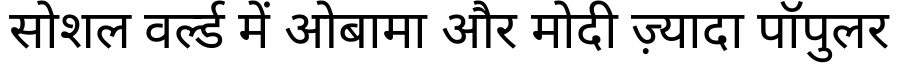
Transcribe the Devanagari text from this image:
सोशल वर्ल्ड में ओबामा और मोदी ज़्यादा पॉपुलर